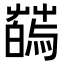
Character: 𦺂